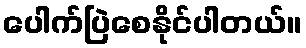
ပေါက်ပြဲစေနိုင်ပါတယ်။